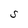
Character: S